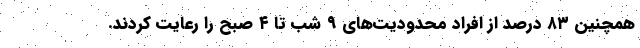
همچنین ۸۳ درصد از افراد محدودیت‌های ۹ شب تا ۴ صبح را رعایت کردند.